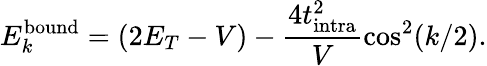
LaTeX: E_{k}^{\textrm{bound}}=(2E_{T}-V)-\frac{4t_{\textrm{intra}}^{2}}{V}\cos^{2}(k/2).